Medical and sanitary report of the native army of Bengal for the year
Year: 1875
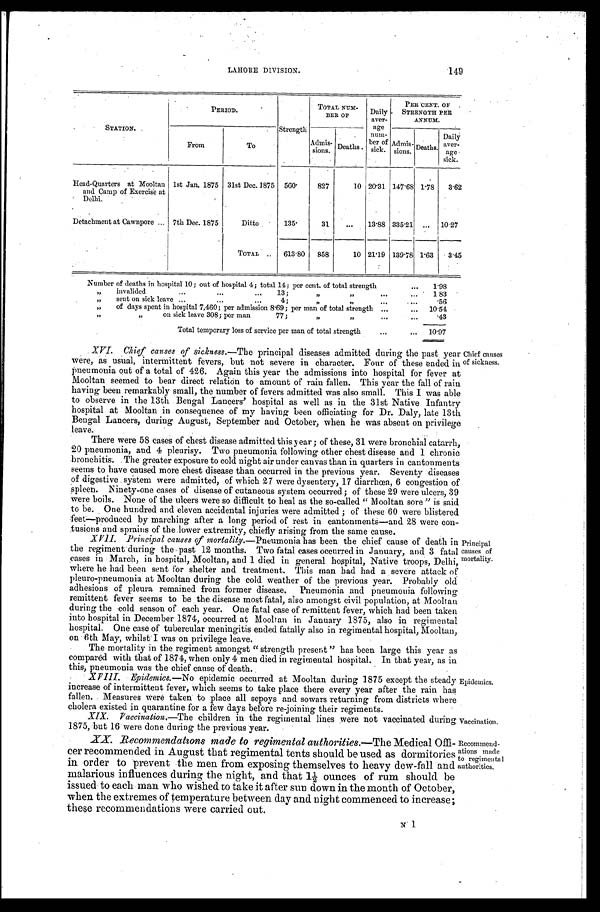
149
LAHORE DIVISION.
STATION.
PERIOD.
Strength
TOTAL NUM-
BER OF
Daily
aver-
age
num-
ber of
sick.
PER CENT
O F S T R E N G T H P E R
A N N U M .
From
T o
Admis-
sions. Deaths.
Admis-
sions.
D e a t h s .
Daily
aver-
age sick.
Head-Quarters at Mooltan
and Camp of Exercise at
Delhi.
1st Jan. 1875 31st Dec. 1875 560
827
10 20.31 147.68 1.78
3.62
Detachment at Cawnpore . . . 7th Dec. 1875
Ditto
135.
31
. . .
13.88 335.21
. . . 10.27
TOTAL . . .
613.80
858
10 21.19 139.78 1.63 3.45
Number of deaths in hospital 10; out of hospital 4; total 14; per cent. of total strength . . .
1.98
„" invalided . . .13; " " . . .
1.83
" sent on sick leave . . . 4; " " . . .
. 5 6
"
of days spent in hospital 7,460; per admission 8.69; per man of total strength . . .
10.54
" " on sick leave 308; per man 77; " " . . .
.43
Total temporary loss of service per man of total strength . . .
10.97
XVI. Chief causes of sickness.— The principal diseases admitted during the past year
were, as usual, intermittent fevers, but not severe in character. Four of these ended in
pneumonia out of a total of 426. Again this year the admissions into hospital for fever at
Mooltan seemed to bear direct relation to amount of rain fallen. This year the fall of rain
having been remarkably small, the number of fevers admitted was also small. This I was able
to observe in the 13th Bengal Lancers' hospital as well as in the 31st Native Infantry
hospital at Mooltan in consequence of my having been officiating for Dr. Daly, late 13th
Bengal Lancers, during August, September and October, when he was absent on privilege
l e a v e .
There were 58 cases of chest disease admitted this year; of these, 31 were bronchial catarrh
, 20 pneumonia, and 4 pleurisy. Two pneumonia following other chest disease and 1 chronic
bronchitis. The greater exposure to cold night air under canvas than in quarters in cantonment
seems to have caused more chest disease than occurred in the previous year. Seventy disease
of digestive system were admitted, of which 27 were dysentery, 17 diarrhœa, 6 congestion of
spleen. Ninety-one cases of disease of cutaneous system occurred; of these 29 were ulcers, 39
were boils. None of the ulcers were so difficult to heal as the so-called "Mooltan sore " is said
to be. One hundred and eleven accidental injuries were admitted; of these 60 were blistered
feet—produced by marching after a long period of rest in cantonments—and 28 Were con
- t u s i o n s a n d s p r a i n s o f t h e l o w e r e x t r e m i t y , c h i e f l y a r i s i n g f r o m t h e s a m e c a u s e .
XVII. Principal causes of mortality.— Pneumonia has been the chief cause of death it
the regiment-during the -past 12 months. Two fatal cases occurred in January, and 3 fata
cases in March, in hospital, Mooltan, and 1 died in general hospital, Native troops, Delhi
where he had been sent for shelter and treatment. This man had had a severe attack of
pleuro-pneumonia at Mooltan during the cold weather of the previous year. Probably old
adhesions of pleura remained from former disease. Pneumonia and pneumonia following
remittent fever seems to be the disease most fatal, also amongst civil population, at Moolta
n d u r i n g t h e c o l d s e a s o n o f e a c h y e a r . O n e f a t a l c a s e o f r e m i t t e n t f e v e r , w h i c h h a d b e e n t a k e n
into hospital in December 1874, occurred at Mooltan in January 1875, also in regimental
hospital. One case of tubercular meningitis ended fatally also in regimental hospital, Mooltan;
on 6th May, whilst I was on privilege leave.
The mortality in the regiment amongst "strength present" has been large this year at
compared with that of 1874, when only 4 men died in regimental hospital. In that year, as in
t h i s p n e u m o n i a w a s t h e c h i e f c a u s e o f d e a t h .
XVIII. Epidemics.— No epidemic occurred at Mooltan during 1875 except the steady
increase of intermittent fever, which seems to take place there every year after the rain has
fallen. Measures were taken to place all sepoys and sowars returning from districts where
cholera existed in quarantine for a few days before re-joining their regiments.
XIX. Vaccination.—The children in the regimental lines were not vaccinated during.
1875, but 16 were done during-the previous year.
Chief causes
of sickness.
Principal
causes of
mortality.
Epidemics.
Vaccination.
XX. Recommendations made to regimental authorities.—The Medical Offi- -
cer recommended in August that regimental tents should be used as dormitories
in order to prevent the men from exposing themselves to heavy dew-fall and
malarious influences during the night, and that 1½ ounces of rum should be
issued to each man who wished to take it after sun down in the month of October,
when the extremes of temperature between day and night commenced to increase;
these recommendations were carried out.
Recommend
- a t i o n s m a d e
to regimental
authorities.
N 1